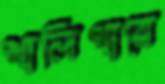
খালিপায়ে